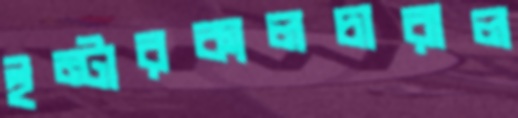
ইন্টারকালচারাল